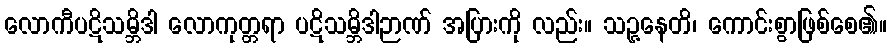
လောကီပဋိသမ္ဘိဒါ လောကုတ္တရာ ပဋိသမ္ဘိဒါဉာဏ် အပြားကို လည်း။ သဉ္ဇနေတိ၊ ကောင်းစွာဖြစ်စေ၏။